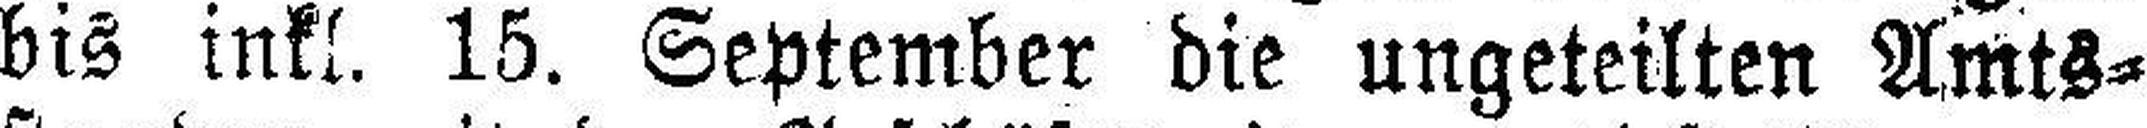
bis inkl. 15. September die ungeteilten Amts¬